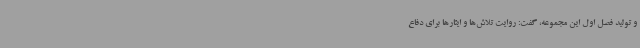
و تولید فصل اول این مجموعه، گفت: روایت تلاش‌ها و ایثارها برای دفاع